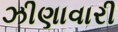
ઝીણાવારી